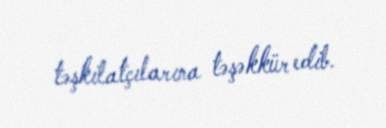
təşkilatçılarına təşəkkür edib.